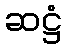
ဆဋ္ဌံ